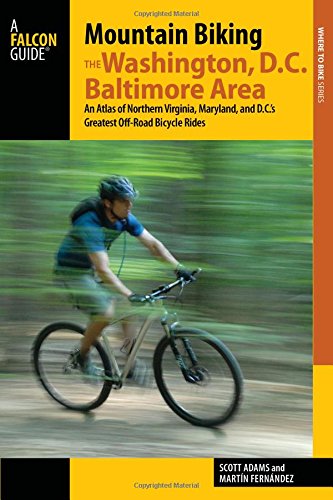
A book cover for Mountain Biking the Washington, D.C./Baltimore Area: An Atlas of Northern Virginia, Maryland, and D.C.'s Greatest Off-Road Bicycle Rides (Regional Mountain Biking Series); Martin Fernandez; Travel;